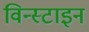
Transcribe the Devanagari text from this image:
विन्स्टाइन